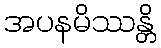
အပနမိဿန္တိ